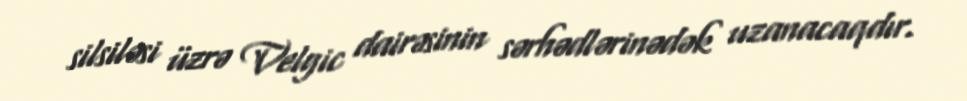
silsiləsi üzrə Velgic dairəsinin sərhədlərinədək uzanacaqdır.